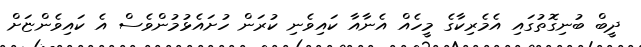
ދީބް ބުނިގޮތުގައި އެމެރިކާގެ މީހެއް އެނާއާ ކައިވެނި ކުރަން ހުށައެޅުމުންވެސް އެ ކައިވެންޏަށް